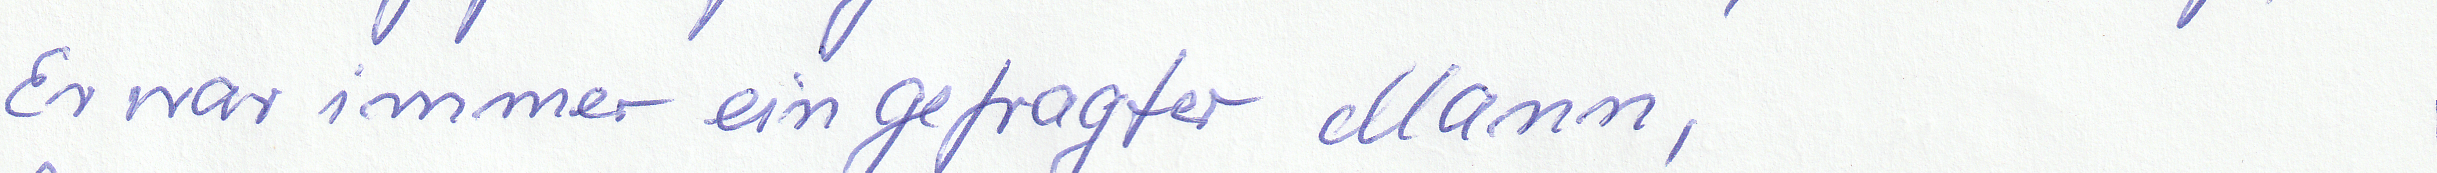
Er war immer ein gefragter Mann,